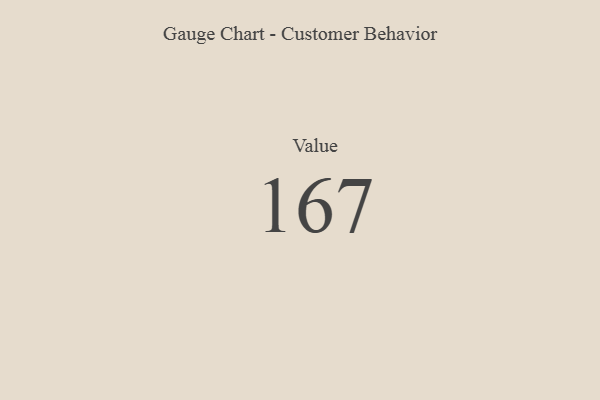
{"axis": {"x": "Metric", "y": "Value"}, "legend": [""], "data": [{"x": "Value", "y": 167, "type": ""}]}